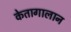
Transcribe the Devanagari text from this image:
केतागालान